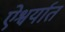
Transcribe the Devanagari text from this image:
ऐश्वर्यात